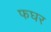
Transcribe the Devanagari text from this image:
फघर